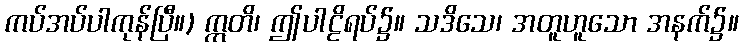
ကပ်အပ်ပါကုန်ပြီ။) ဣတိ၊ ဤပါဠိရပ်၌။ သဒိသေ၊ အတူဟူသော အနက်၌။